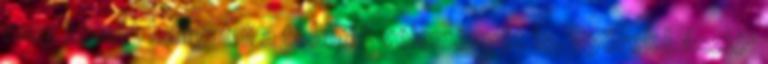
meg kellett hallgatni a többiek véleményét is. Györek László: